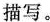
(2)他满身的灰尘，像一只老鼠。头发看来好久没有理了，打着结，沾着不